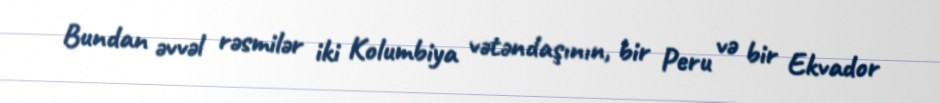
Bundan əvvəl rəsmilər iki Kolumbiya vətəndaşının, bir Peru və bir Ekvador